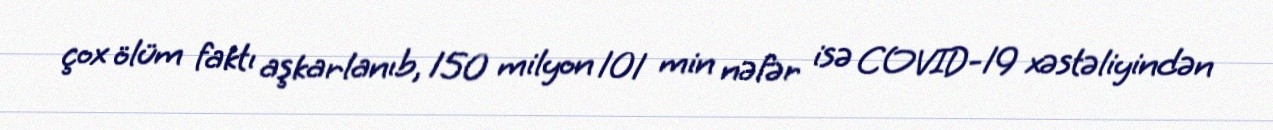
çox ölüm faktı aşkarlanıb, 150 milyon 101 min nəfər isə COVID-19 xəstəliyindən